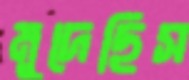
মুদেছিস